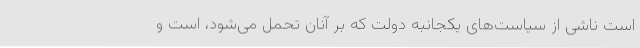
است ناشی از سیاست‌های یکجانبه دولت که بر آنان تحمل می‌شود، است و